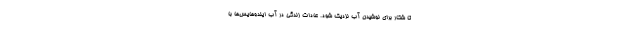
تا شکار برای نوشیدن آب نزدیک شود. عادات زندگی در آب ایندوهایس‌ها با